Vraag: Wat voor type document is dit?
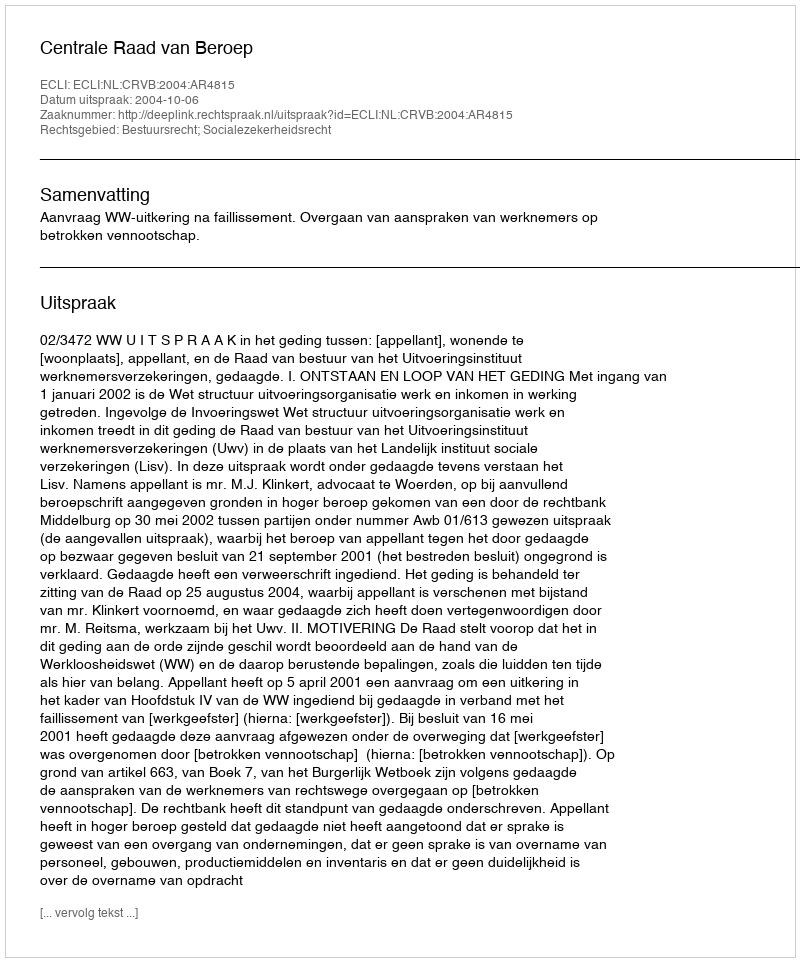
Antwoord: Uitspraak